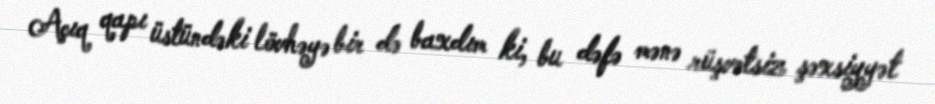
Açıq qapı üstündəki lövhəyə bir də baxdım ki, bu dəfə mənə rüşvətsiz şəxsiyyət